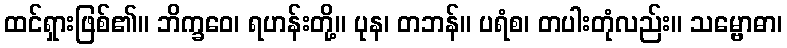
ထင်ရှားဖြစ်၏။ ဘိက္ခဝေ၊ ရဟန်းတို့။ ပုန၊ တဘန်။ ပရံစ၊ တပါးတုံလည်း။ သမ္ဗောဓာ၊